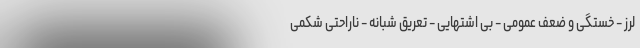
لرز - خستگی و ضعف عمومی - بی اشتهایی - تعریق شبانه - ناراحتی شکمی